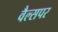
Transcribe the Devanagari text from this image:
वैल्सपर